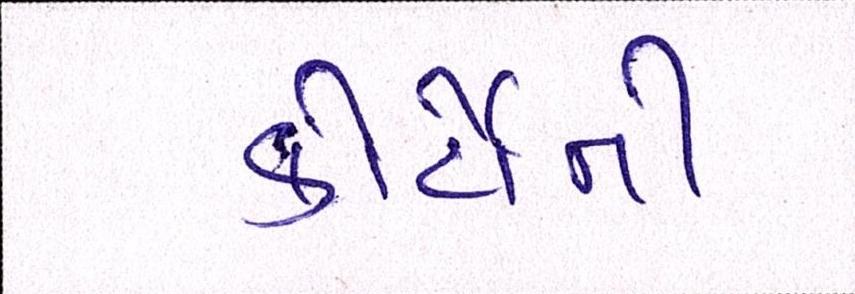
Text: કોર્ટોની